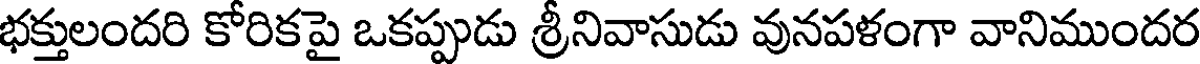
భక్తులందరి కోరికపై ఒకప్పుడు శ్రీనివాసుడు వునపళంగా వానిముందర